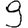
Digit: 9